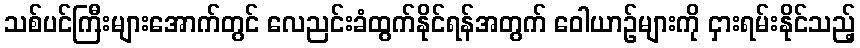
သစ်ပင်ကြီးများအောက်တွင် လေညင်းခံထွက်နိုင်ရန်အတွက် ဝေါယာဉ်များကို ငှားရမ်းနိုင်သည့်